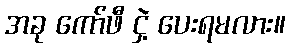
အခု ကော်ဖီ ငှဲ့ ပေးရမလား။